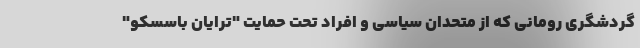
گردشگری رومانی که از متحدان سیاسی و افراد تحت حمایت "ترایان باسسکو"